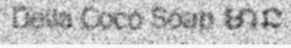
Della Coco Soap មាន